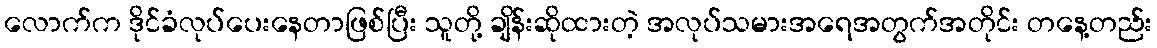
လောက်က ဒိုင်ခံလုပ်ပေးနေတာဖြစ်ပြီး သူတို့ ချိန်းဆိုထားတဲ့ အလုပ်သမားအရေအတွက်အတိုင်း တနေ့တည်း